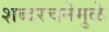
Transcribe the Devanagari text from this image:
शब्दरचनेमुळे